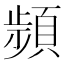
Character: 𩓯